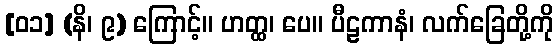
[၀၁] (နိ၊ ၉) ကြောင့်။ ဟတ္ထ၊ ပေ။ ပီဠကာနံ၊ လက်ခြေတို့ကို